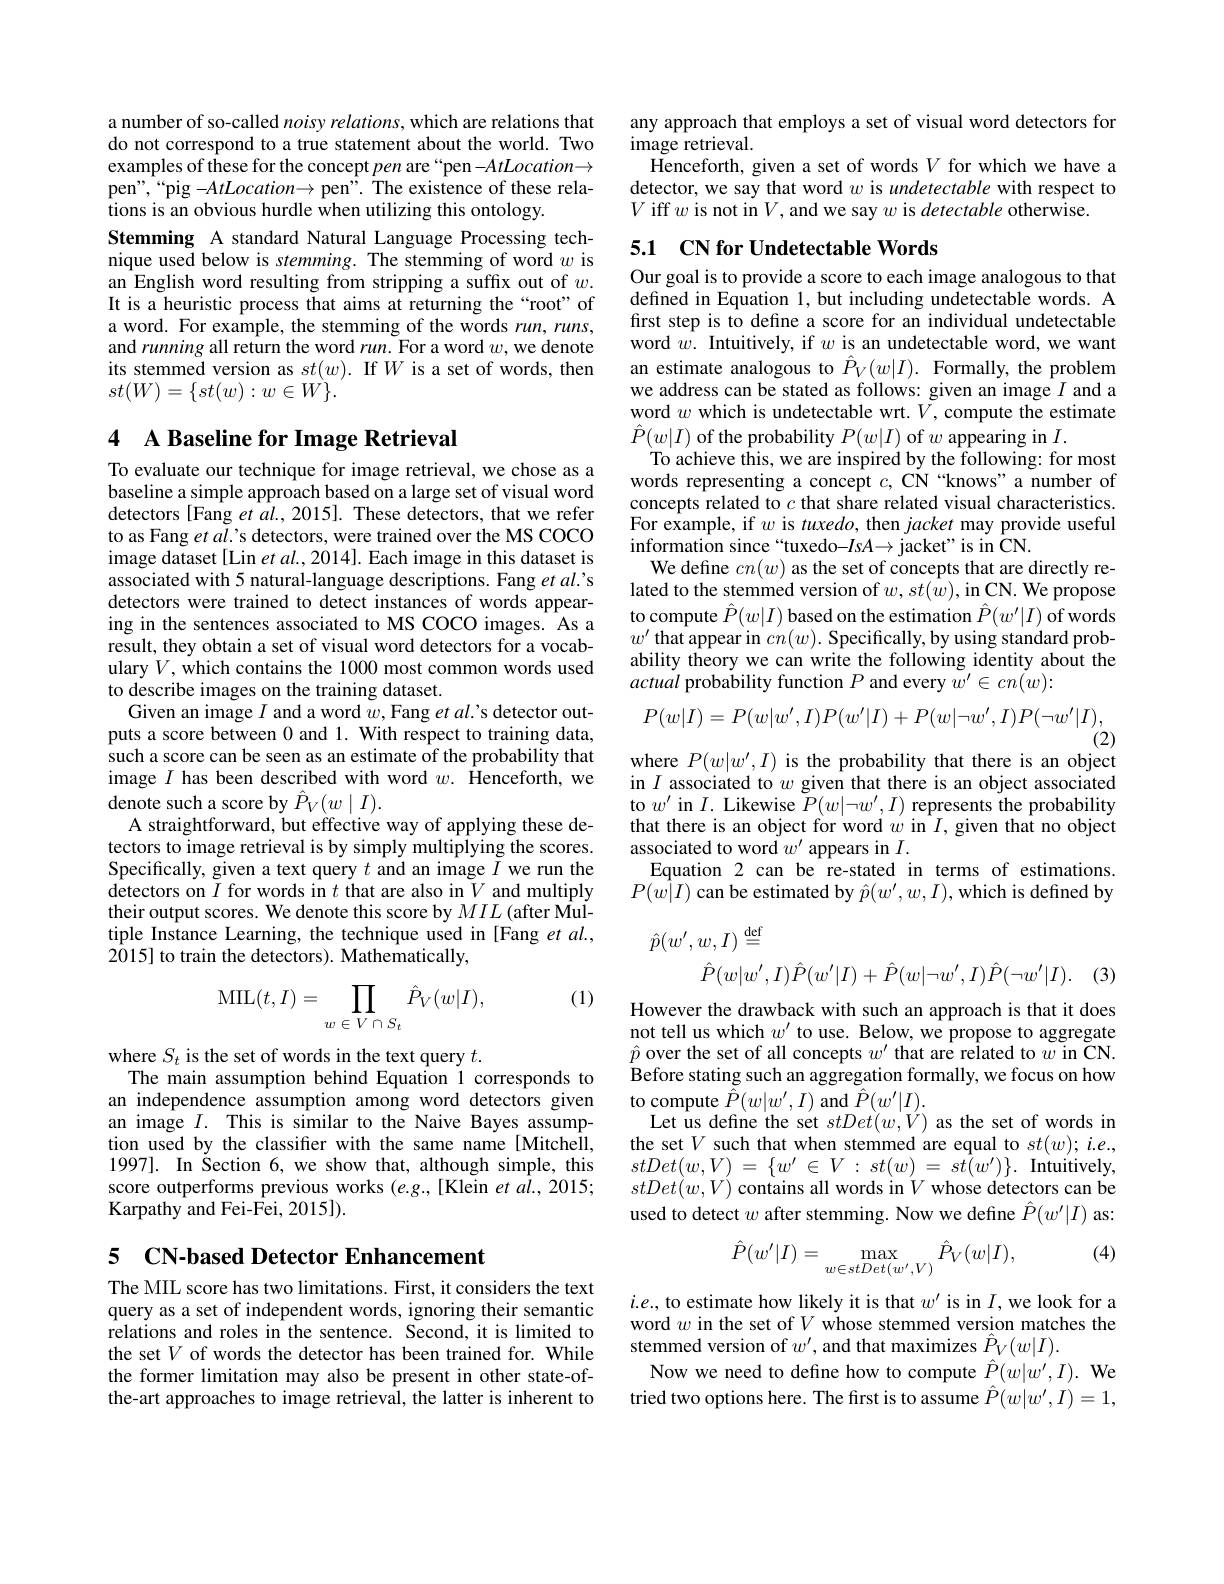
a number of so-called noisy relations, which are relations that do not correspond to a true statement about the world. Two examples of these for the concept pen are“pen -$AtLocation\to$ $pen",“pig-AtLocation\to pen”. The existence of these rela-$ tions is an obvious hurdle when utilizing this ontology.
Stemming A standard Natural Language Processing technique used below is stemming. The stemming of word $w$ is an English word resulting from stripping a suffix out of $w.$ It is a heuristic process that aims at returning the“root”of a word. For example, the stemming of the words $run,runs$, and running all return the word $run.$ For a word $w$,we denote its stemmed version as $st(w).$ If $W$ is a set of words, then $st(W)=\{st(w):w\in W\}.$

## 4 A Baseline for Image Retrieval

To evaluate our technique for image retrieval, we chose as a baseline a simple approach based on a large set of visual word detectors[Fang et $al.,2015].$ These detectors, that we refer to as Fang et al.'s detectors, were trained over the MS COCO image dataset [Lin $et\textit{al. , 2014] . Each image in this dataset is}$ associated with 5 natural-language descriptions. Fang et $al$'s detectors were trained to detect instances of words appearing in the sentences associated to MS COCO images. As a result, they obtain a set of visual word detectors for a vocabulary $V$, which contains the 1000 most common words used to describe images on the training dataset.
Given an image $I$ and a word $w$,Fang $et\textit{al' s detector out- }$ puts a score between 0 and 1. With respect to training data, such a score can be seen as an estimate of the probability that image $I$ has been described with word $w.$ Henceforth, we denote such a score by $\hat{P}_V(w\mid I).$
A straightforward, but effective way of applying these detectors to image retrieval is by simply multiplying the scores. Specifically, given a text query $t$ and an image $\tilde{I}$ we run the detectors on $I$ for words in $t$ that are also in $V$ and multiply their output scores. We denote this score by $MIL$ (after Multiple Instance Learning, the technique used in [Fang et al., $\hat{20}15]$ to train the detectors). Mathematically,

(1)
$$\mathrm{MIL}(t,I)=\prod_{w\in V\cap S_t}\hat{P}_V(w|I),$$
where $S_t$ is the set of words in the text query $t.$
The main assumption behind Equation l corresponds to an independence assumption among word detectors given an image $I.$ This is similar to the Naive Bayes assumption used by the classifier with the same name[Mitchell, 1997]. In Šection 6, we show that, although simple, this score outperforms previous works (e.g.,[Klein et al., 2015; Karpathy and Fei-Fei, 2015]).

5 CN-based Detector Enhancement

The MIIL score has two limitations. First, it considers the text query as a set of independent words, ignoring their semantic relations and roles in the sentence. Second, it is limited to the set $V$ of words the detector has been trained for. While the former limitation may also be present in other state-ofthe-art approaches to image retrieval, the latter is inherent to

any approach that employs a set of visual word detectors for
image retrieval.
Henceforth, given a set of words $V$ for which we have a detector, we say that word $w$ is undetectable with respect to $V$ iff $w$ is not in $V$,and we say $w$ is detectable otherwise.

## 5.1 CN for Undetectable Words

Our goal is to provide a score to each image analogous to that defined in Equation 1, but including undetectable words. A first step is to define a score for an individual undetectable word $w.$ Intuitively, if $w$ is an undetectable word, we want an estimate analogous to $\hat{P}_V(w|I).$ Formally, the problem we address can be stated as follows: given an image $I$ and a word $w$ which is undetectable wrt. $\tilde{V}$, compute the estimate $\hat{P}(w|I)$ of the probability $P(w|I)$ of $w$ appearing in $I.$
To achieve this, we are inspired by the following: for most words representing a concept $c$, CN “knows"a number of concepts related to $c$ that share related visual characteristics. For example, if $w$ is tuxedo, then jacket may provide useful information since “tuxedo-$IsA\to$ jacket" is in CN.
We define $cn(w)$ as the set of concepts that are directly related to the stemmed version of $w,st(\bar{w})$,in CN. We propose to compute $\hat{P}(w|I)$ based on the estimation $\hat{P}(w^{\prime}|I)$ of words $w^{\prime}$ that appear in $cn(w).$ Specifically, by using standard probability theory we can write the following identity about the actual probability function $P$ and every $\tilde{w}^\prime\in cn(w):$
$$P(w|I)=P(w|w^{\prime},I)P(w^{\prime}|I)+P(w|\neg w^{\prime},I)P(\neg w^{\prime}|I),$$
(2)

where $P(w|w^{\prime},I)$ is the probability that there is an object

in $I$ associated to $w$ given that there is an object associated to $w^{\prime}$ in $I.$ Likewise $\breve P(w|\neg w^{\prime},I)$ represents the probability that there is an object for word $w$ in $I$, given that no object associated to word $w^\prime$ appears in $I.$
Equation 2 can be re-stated in terms of estimations. $P(w|I)$ can be estimated by $\hat p(w^{\prime},w,I)$,which is defined by
$$\begin{aligned}\hat{p}(w^{\prime},w,I)&\stackrel{\mathrm{def}}{=}\\&\hat{P}(w|w^{\prime},I)\hat{P}(w^{\prime}|I)+\hat{P}(w|\neg w^{\prime},I)\hat{P}(\neg w^{\prime}|I).\end{aligned}$$
(3)

However the drawback with such an approach is that it does not tell us which $w^\prime$ to use. Below, we propose to aggregate $\begin{array}{l}{\hat{p}\text{ over the set of all concepts }w^{\prime}\text{ that are related to }w\text{ in CN.}}\\{\text{Before stating such an aggregation formally, we focus on how}}\end{array}$ to compute $\hat{P}(w|w^{\prime},I)$ and $\hat{P}(w^{\prime}|I).$
Let us define the set $stDet(w,V)$ as the set of words in the set $V$ such that when stemmed are equal to $st(w);i.e$, $stDet( w, V)$ = $\{ w^{\prime }$ $\in$ $V$ : $st( w)$ = $st( w^{\prime }) \} .$ Intuitively, $stDet(w,V)$ contains all words in $V$ whose detectors can be used to detect $w$ after stemming. Now we define $\hat{P}(w^\prime|I)$ as:

(4)
$$\hat{P}(w'|I)=\max_{w\in stDet(w',V)}\hat{P}_{V}(w|I),$$
$i.e.$, to estimate how likely it is that $w^\prime$ is in $I$,we look for a word $w$ in the set of $V$ whose stemmed version matches the stemmed version of $w^\prime$, and that maximizes $\hat{P}_V(w|I).$
Now we need to define how to compute $\hat{P}(w|w^{\prime},I).$ We tried two options here. The first is to assume $\hat{P}(w|w^{\prime},I)=1$,